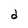
Character: d